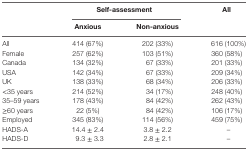
<table><thead><tr><td></td><td colspan="2"><b>Self-assessment</b></td><td rowspan="2"><b>All</b></td></tr><tr><td></td><td><b>Anxious</b></td><td><b>Non-anxious</b></td></tr></thead><tbody><tr><td>All</td><td>414 (67%)</td><td>202 (33%)</td><td>616 (100%)</td></tr><tr><td>Female</td><td>257 (62%)</td><td>103 (51%)</td><td>360 (58%)</td></tr><tr><td>Canada</td><td>134 (32%)</td><td>67 (33%)</td><td>201 (33%)</td></tr><tr><td>USA</td><td>142 (34%)</td><td>67 (33%)</td><td>209 (34%)</td></tr><tr><td>UK</td><td>138 (33%)</td><td>68 (34%)</td><td>206 (33%)</td></tr><tr><td>&lt;35 years</td><td>214 (52%)</td><td>34 (17%)</td><td>248 (40%)</td></tr><tr><td>35–59 years</td><td>178 (43%)</td><td>84 (42%)</td><td>262 (43%)</td></tr><tr><td>≥60 years</td><td>22 (5%)</td><td>84 (42%)</td><td>106 (17%)</td></tr><tr><td>Employed</td><td>345 (83%)</td><td>114 (56%)</td><td>459 (75%)</td></tr><tr><td>HADS-A</td><td>14.4 ± 2.4</td><td>3.8 ± 2.2</td><td>–</td></tr><tr><td>HADS-D</td><td>9.3 ± 3.3</td><td>2.8 ± 2.1</td><td>–</td></tr></tbody></table>